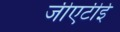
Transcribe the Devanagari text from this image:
जीएटीई